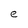
Character: e